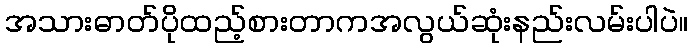
အသားဓာတ်ပိုထည့်စားတာကအလွယ်ဆုံးနည်းလမ်းပါပဲ။